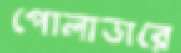
পোলাডারে